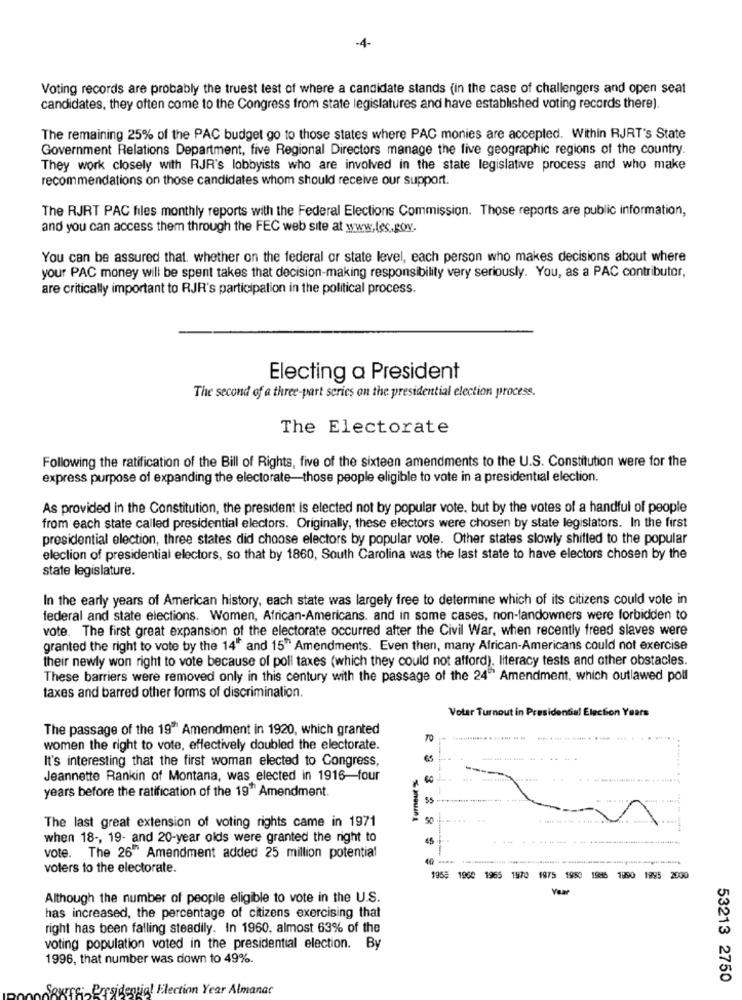
-4-
Voting records are probably the truest test of where a candidate stands (in the case of challengers and open seat
candidates, they often come to the Congress from state legislatures and have established voting records there).
The remaining 25% of the PAC budget go to those states where PAC monies are accepted. Within RJRT's State
Government Relations Department, five Regional Directors manage the five geographic regions of the country.
They work closely with RJR's lobbyists who are involved in the state legislative process and who make
recommendations on those candidates whom should receive our support.
The RJRT PAC files monthly reports with the Federal Elections Commission. Those reports are public information,
and you can access them through the FEC web site at www.les.gov.
You can be assured that. whether on the federal or state level, each person who makes decisions about where
your PAC money will be spent takes that decision-making responsibility very seriously. You, as a PAC contributor,
are critically important to RJR's participation in the political process.
Electing a President
The second of a three-part series on the presidential election process.
The Electorate
Following the ratification of the Bill of Rights, five of the sixteen amendments to the U.S. Constitution were for the
express purpose of expanding the electorate-those people eligible to vote in a presidential election.
As provided in the Constitution, the president is elected not by popular vote, but by the votes of a handful of people
from each state called presidential electors. Originally, these electors were chosen by state legislators. In the first
presidential election, three states did choose electors by popular vote. Other states slowly shifted to the popular
election of presidential electors, so that by 1860, South Carolina was the last state to have electors chosen by the
state legislature.
In the early years of American history, each state was largely free to determine which of its citizens could vote in
federal and state elections. Women, African-Americans. and in some cases, non-landowners were forbidden to
vote. The first great expansion of the electorate occurred after the Civil War, when recently freed slaves were
granted the right to vote by the 14" and 15" Amendments. Even then, many African-Americans could not exercise
their newly won right to vote because of poll taxes (which they could not afford), literacy tests and other obstacles.
These barriers were removed only in this century with the passage of the 24" Amendment, which outlawed poll
taxes and barred other forms of discrimination.
Voter Turnout in Presidential Election Years
The passage of the 19" Amendment in 1920, which granted
TO
women the right to vote, effectively doubled the electorate.
It's interesting that the first woman elected to Congress,
...
....
Jeannette Rankin of Montana, was elected in 1916-four
years before the ratification of the 19" Amendment.
The last great extension of voting rights came in 1971
when 18 -, 19- and 20-year olds were granted the right to
45
vote. The 26" Amendment added 25 million potential
40
voters to the electorate.
1958 1968 1965 1970 1975 1950 1996 1990 1985 2000
Year
Although the number of people eligible to vote in the U.S.
has increased, the percentage of citizens exercising that
right has been falling steadily. In 1960, almost 63% of the
voting population voted in the presidential election. By
1996, that number was down to 49%.
53213 2750
Source: Presidential Election Year Almanar